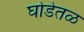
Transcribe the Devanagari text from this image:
घोडेतळ